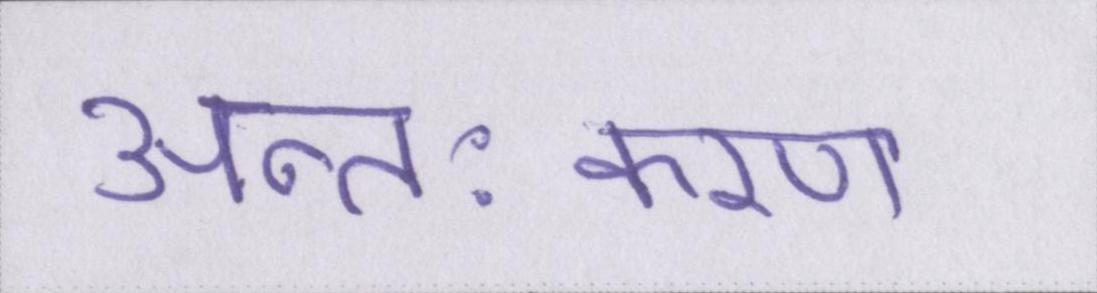
अन्तःकरण